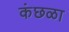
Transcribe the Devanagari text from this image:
कंछळा